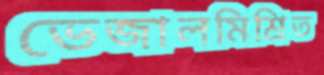
ভেজালমিশ্রিত